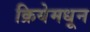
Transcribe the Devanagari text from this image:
क्रियेमधून